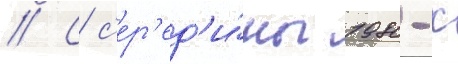
// С с'ер'ед'и́ны 1980-х